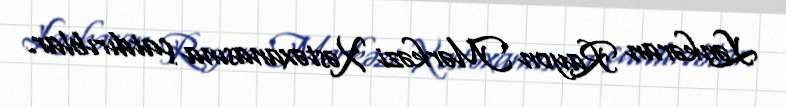
Lənkəran Rayon Mərkəzi Xəstəxanasına çatdırıblar.